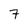
Character: 7